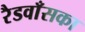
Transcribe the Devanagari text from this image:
रैडवाँसका